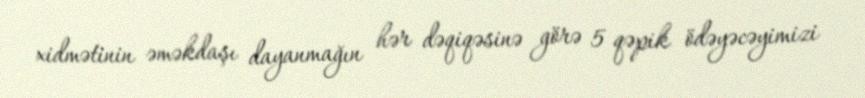
xidmətinin əməkdaşı dayanmağın hər dəqiqəsinə görə 5 qəpik ödəyəcəyimizi